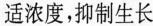
适浓度，抑制生长